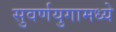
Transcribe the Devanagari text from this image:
सुवर्णयुगामध्ये